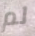
لم